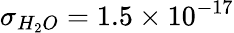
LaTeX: \sigma_{H_{2}O}=1.5\times 10^{-17}